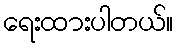
ရေးထားပါတယ်။